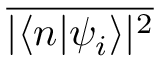
\overline { { | \langle n | \psi _ { i } \rangle | ^ { 2 } } }